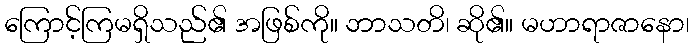
ကြောင့်ကြမရှိသည်၏ အဖြစ်ကို။ ဘာသတိ၊ ဆို၏။ မဟာရာဇာနော၊